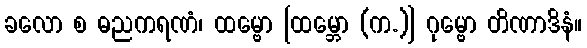
ခလော စ ဓညကရဏံ၊ ထမ္ဗော [ထမ္ဘော (က.)] ဂုမ္ဗော တိဏာဒိနံ။